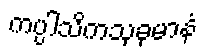
ကပ္ပါသိကသုခုမာနံ